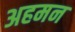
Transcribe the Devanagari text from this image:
अहमन